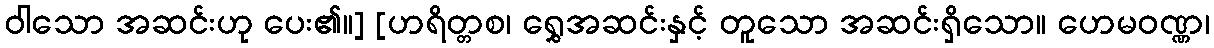
ဝါသော အဆင်းဟု ပေး၏။] [ဟရိတ္တစ၊ ရွှေအဆင်းနှင့် တူသော အဆင်းရှိသော။ ဟေမဝဏ္ဏ၊